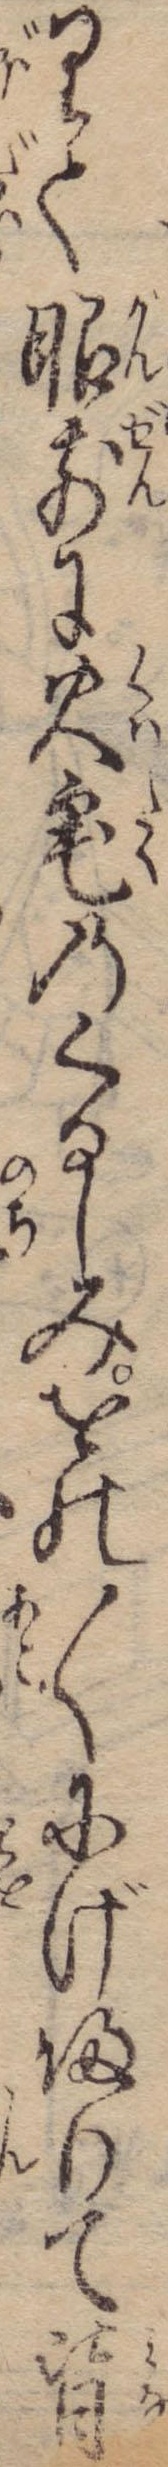
りて眼前に火宅のくるしみをの〱にげ帰りて皆